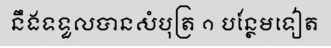
នឹងទទួលបានសំបុត្រ ១ បន្ថែមទៀត